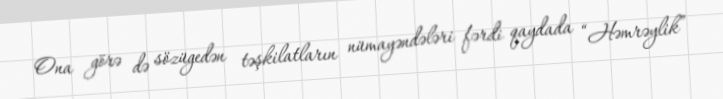
Ona görə də sözügedən təşkilatların nümayəndələri fərdi qaydada “Həmrəylik”